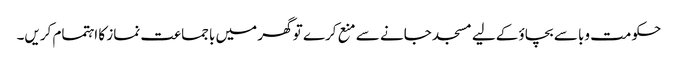
حکومت وبا سے بچاؤ کےلیے مسجد جانے سے منع کرے تو گھر میں باجماعت نماز کا اہتمام کریں۔